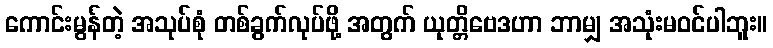
ကောင်းမွန်တဲ့ အသုပ်စုံ တစ်ခွက်လုပ်ဖို့ အတွက် ယုတ္တိဗေဒဟာ ဘာမျှ အသုံးမဝင်ပါဘူး။